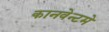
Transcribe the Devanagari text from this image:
कानवेन्टमे